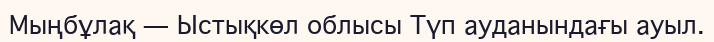
Мыңбұлақ — Ыстықкөл облысы Түп ауданындағы ауыл.